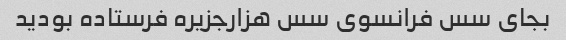
بجای سس فرانسوی سس هزارجزیره فرستاده بودید